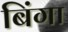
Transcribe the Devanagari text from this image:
बिंगा